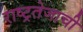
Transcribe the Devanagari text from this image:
राष्ट्रतेजाची